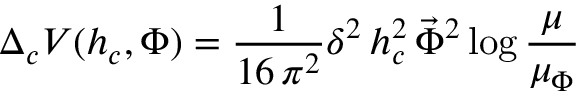
\Delta _ { c } V ( h _ { c } , \Phi ) = \frac { 1 } { 1 6 \, \pi ^ { 2 } } \delta ^ { 2 } \, h _ { c } ^ { 2 } \, \vec { \Phi } ^ { 2 } \log \frac { \mu } { \mu _ { \Phi } }